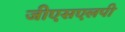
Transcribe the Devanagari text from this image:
जीएसएलपी